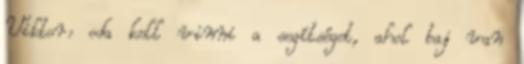
Viktor: oda kell vinni a segítséget, ahol baj van